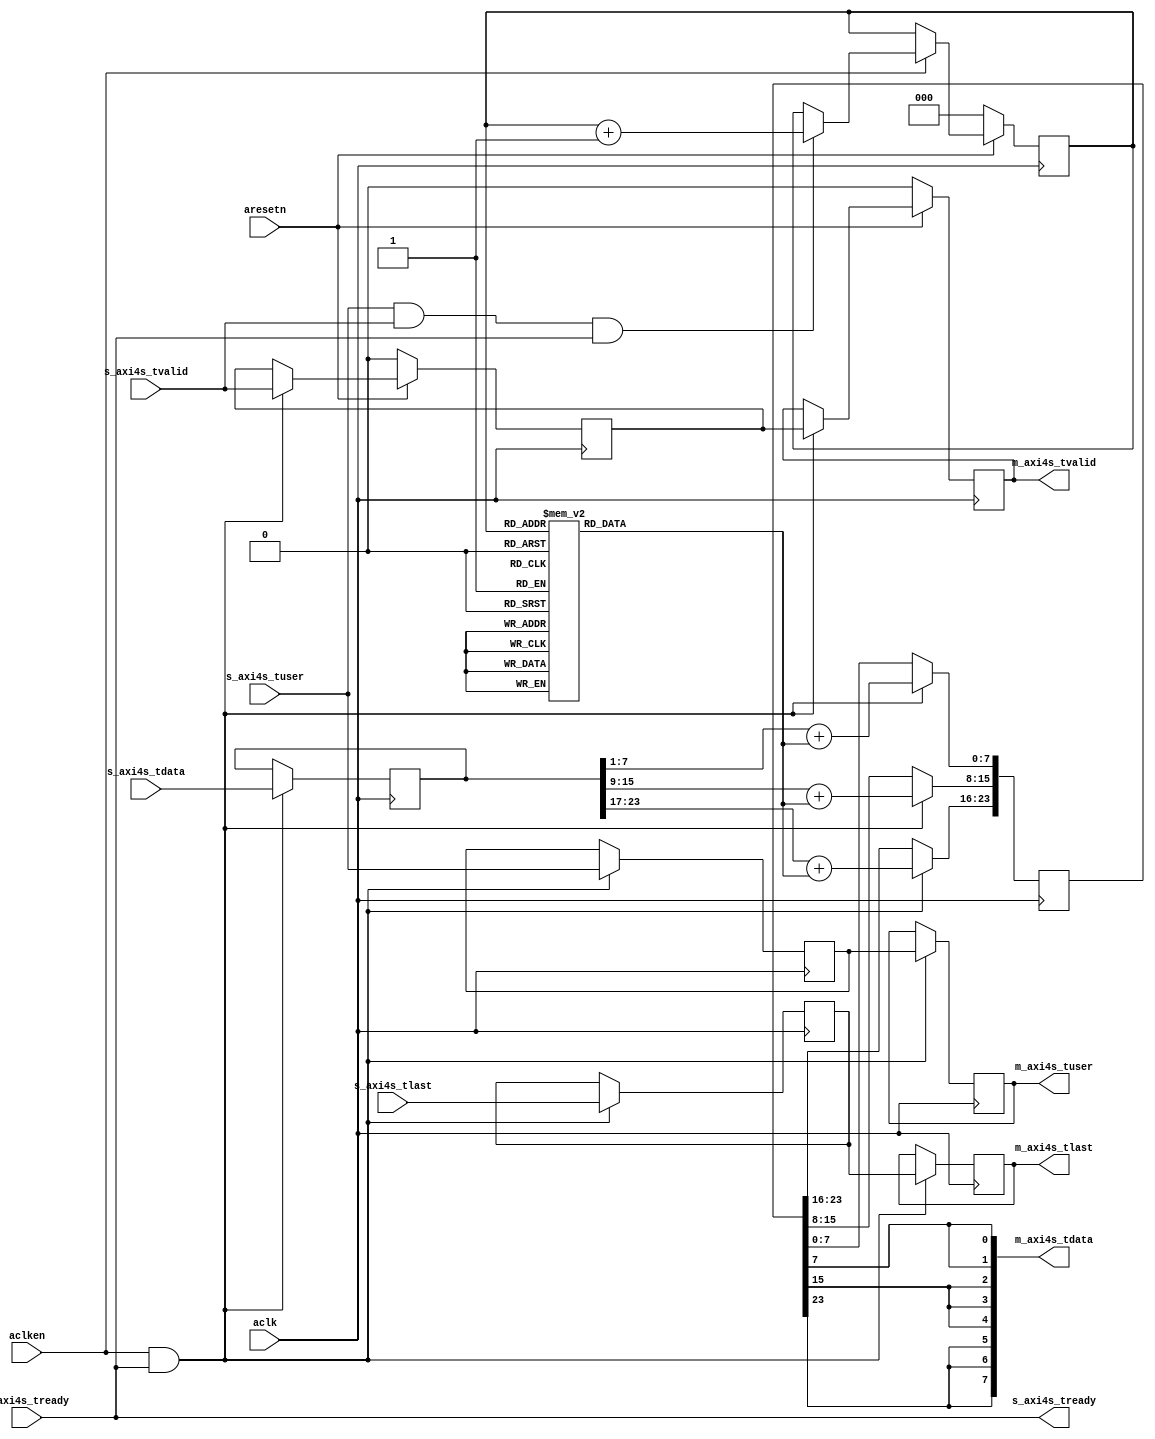
// This program was cloned from: https://github.com/ryuz/jelly
// License: MIT License

// ---------------------------------------------------------------------------
//  Jelly  -- the soft-core processor system
//   math
//
//                                 Copyright (C) 2008-2018 by Ryuz
//                                 https://github.com/ryuz/jelly.git
// ---------------------------------------------------------------------------



`timescale 1ns / 1ps
`default_nettype none


module video_oled_cnv
		#(
			parameter	TUSER_WIDTH = 1
		)
		(
			input	wire						aresetn,
			input	wire						aclk,
			input	wire						aclken,
			
			input	wire	[TUSER_WIDTH-1:0]	s_axi4s_tuser,
			input	wire						s_axi4s_tlast,
			input	wire	[23:0]				s_axi4s_tdata,
			input	wire						s_axi4s_tvalid,
			output	wire						s_axi4s_tready,
			
			output	wire	[TUSER_WIDTH-1:0]	m_axi4s_tuser,
			output	wire						m_axi4s_tlast,
			output	wire	[7:0]				m_axi4s_tdata,
			output	wire						m_axi4s_tvalid,
			input	wire						m_axi4s_tready
		);
	
	
	reg		[2:0]				reg_count;
	always @(posedge aclk) begin
		if ( ~aresetn ) begin
			reg_count <= 0;
		end
		else if ( aclken ) begin
			if ( s_axi4s_tuser[0] && s_axi4s_tvalid && s_axi4s_tready ) begin
				reg_count <= reg_count + 1;
			end
		end
	end
	
	reg		[6:0]				sig_add;
	always @* begin
		case (reg_count)
		3'h0:	sig_add = 7'h00;
		3'h1:	sig_add = 7'h77;
		3'h6:	sig_add = 7'h33;
		3'h7:	sig_add = 7'h44;
		3'h2:	sig_add = 7'h11;
		3'h3:	sig_add = 7'h66;
		3'h4:	sig_add = 7'h22;
		3'h5:	sig_add = 7'h55;
		endcase
	end
	
	reg		[TUSER_WIDTH-1:0]	st0_tuser;
	reg							st0_tlast;
	reg		[23:0]				st0_tdata;
	reg							st0_tvalid;
	
	reg		[TUSER_WIDTH-1:0]	st1_tuser;
	reg							st1_tlast;
	reg		[23:0]				st1_tdata;
	reg							st1_tvalid;
	
	always @(posedge aclk) begin
		if ( aclken && m_axi4s_tready ) begin
			st0_tuser        <= s_axi4s_tuser;
			st0_tlast        <= s_axi4s_tlast;
			st0_tdata        <= s_axi4s_tdata;
			
			st1_tuser        <= st0_tuser;
			st1_tlast        <= st0_tlast;
			st1_tdata[7:0]   <= (st0_tdata[7:0]   >> 1) + sig_add;
			st1_tdata[15:8]  <= (st0_tdata[15:8]  >> 1) + sig_add;
			st1_tdata[23:16] <= (st0_tdata[23:16] >> 1) + sig_add;
		end
	end
	
	always @(posedge aclk) begin
		if ( ~aresetn ) begin
			st0_tvalid <= 1'b0;
			st1_tvalid <= 1'b0;
		end
		else if ( aclken && m_axi4s_tready ) begin
			st0_tvalid <= s_axi4s_tvalid;
			st1_tvalid <= st0_tvalid;
		end
	end
	
	assign s_axi4s_tready   = m_axi4s_tready;
	
	assign m_axi4s_tuser    = st1_tuser;
	assign m_axi4s_tlast    = st1_tlast;
	assign m_axi4s_tdata[0] = st1_tdata[7];		// B3
	assign m_axi4s_tdata[1] = st1_tdata[7];		// B4
	assign m_axi4s_tdata[2] = st1_tdata[15];	// G3
	assign m_axi4s_tdata[3] = st1_tdata[15];	// G4
	assign m_axi4s_tdata[4] = st1_tdata[15];	// G5
	assign m_axi4s_tdata[5] = st1_tdata[23];	// R3
	assign m_axi4s_tdata[6] = st1_tdata[23];	// R4
	assign m_axi4s_tdata[7] = st1_tdata[23];	// R5
	assign m_axi4s_tvalid   = st1_tvalid;
	
	
endmodule


`default_nettype wire


// end of file